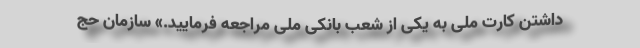
داشتن کارت ملی به یکی از شعب بانکی ملی مراجعه فرمایید.» سازمان حج